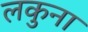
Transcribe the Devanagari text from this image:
लकुना